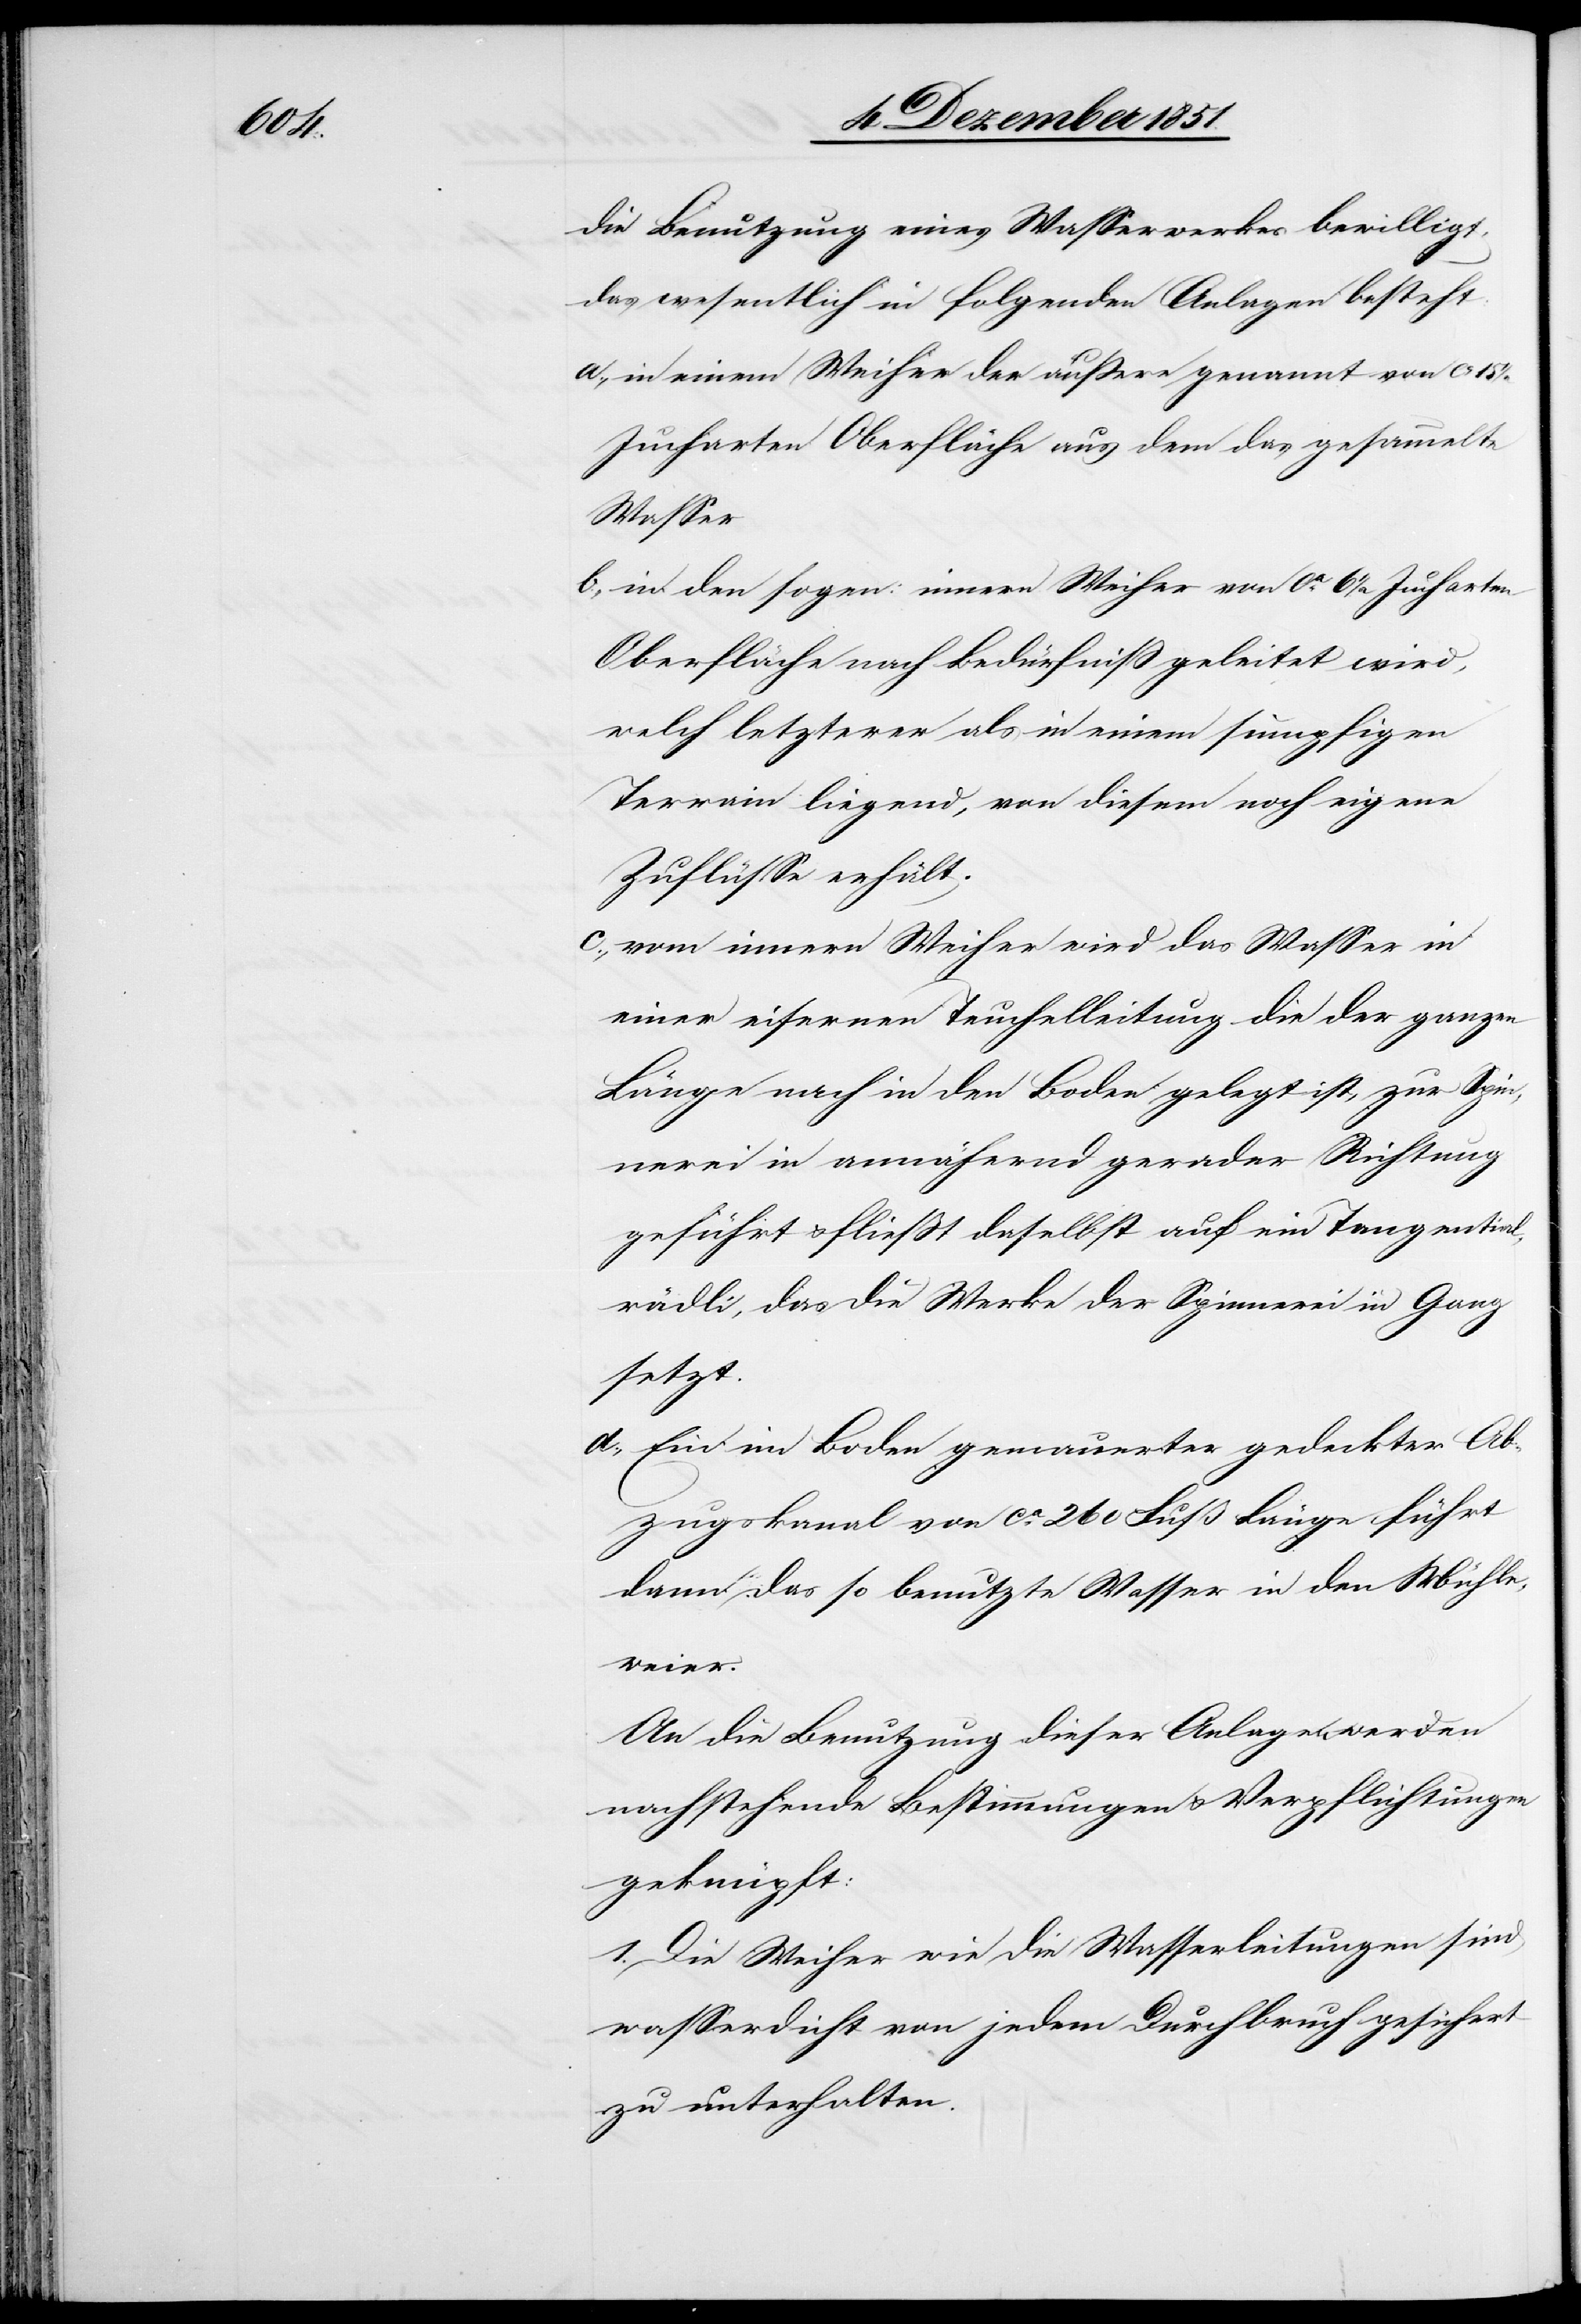
die Benutzung eines Wasserwerkes bewilligt,
das wesentlich in folgenden Anlagen besteht:
in einem Weiher der äußere genannt von ca. 15
Jucharten Oberfläche aus dem das gesammelte
Wasser
in den sogen: innern Weiher von ca. 6 1/2 Jucharten
Oberfläche nach Bedürfniß geleitet wird,
welch letzterer als in einem sumpfigen
Terrain liegend, von diesem noch eigene
Zuflüsse erhält.
vom innern Weiher wird das Wasser in
einer eisernen Teuchelleitung die der ganzen
Länge nach in den Boden gelegt ist, zur Spin¬
nerei in annähernd gerader Richtung
geführt & fließt daselbst auf ein Tangential¬
rädli, das die Werke der Spinnerei in Gang
setzt.
Ein im Boden gemauerter gedeckter Ab¬
zugskanal von ca. 260 Fuß Länge führt
dann das so benutzte Wasser in den Mühle¬
wei[h]er.
An die Benutzung dieser Anlagen werden
nachstehende Bestimmungen & Verpflichtungen
geknüpft:
1. Die Weiher wie die Wasserleitungen sind
wasserdicht von jedem Durchbruch gesichert
zu unterhalten.